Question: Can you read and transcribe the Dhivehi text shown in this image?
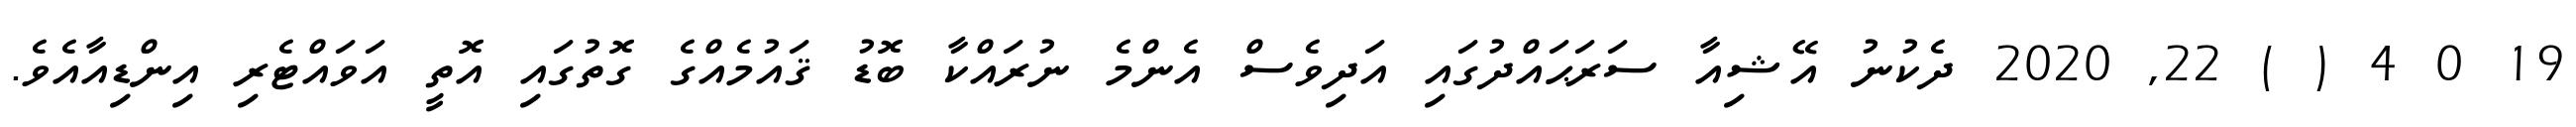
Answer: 19 0 4 ( ) 22, 2020 ދެކުނު އޭޝިއާ ސަރަޙައްދުގައި އަދިވެސް އެންމެ ނުރައްކާ ބޮޑު ޤައުމެއްގެ ގޮތުގައި އޮތީ އަވައްޓެރި އިންޑިއާއެވެ.